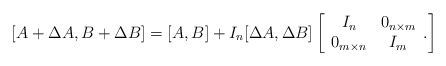
\begin{align*} [A + \Delta A,B + \Delta B] = [A,B] + {I_n}[\Delta A,\Delta B]\left[ {\begin{array}{*{20}{c}}{{I_n}}&{0_{n\times m}}\\{0_{m\times n}}&{{I_m}}\end{array}} .\right]\end{align*}